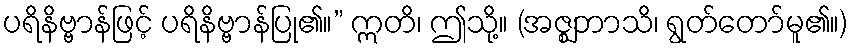
ပရိနိဗ္ဗာန်ဖြင့် ပရိနိဗ္ဗာန်ပြု၏။” ဣတိ၊ ဤသို့။ (အဇ္ဈဘာသိ၊ ရွတ်တော်မူ၏။)